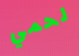
لحمي